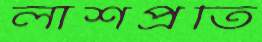
লাশপ্রতি